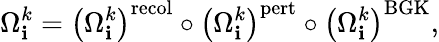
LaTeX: \Omega_{\mathbf{i}}^{k}=\left(\Omega_{\mathbf{i}}^{k}\right)^{\mathrm{{recol}}}\circ\left(\Omega_{\mathbf{i}}^{k}\right)^{\mathrm{{pert}}}\circ\left(\Omega_{\mathbf{i}}^{k}\right)^{\mathrm{{BGK}}},